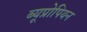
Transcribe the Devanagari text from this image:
ब्यूप्रोपियन